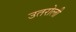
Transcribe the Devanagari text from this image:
उतरोली